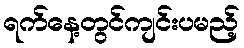
ရက်နေ့တွင်ကျင်းပမည့်